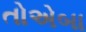
તોએબા